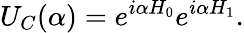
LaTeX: U_{C}(\alpha)=e^{i\alpha H_{0}}e^{i\alpha H_{1}}.